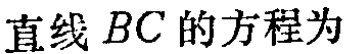
直线 \(BC\) 的方程为